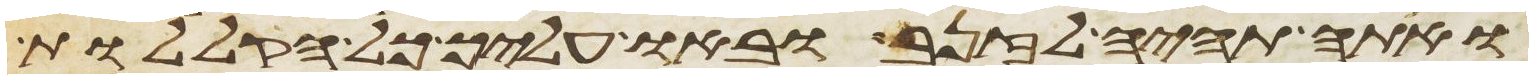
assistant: ואתה תהיה לזנב ובאו עליך כל הקללות